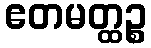
ဧတမတ္ထဉ္စ